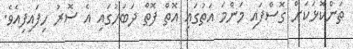
ތަންކޮޅަކަށް ގޮސްފައި މަންމަ އަތުގައި އޮތް ފޮތް ދަބަހުގައި އެ ސޮރު ހިފައިފިއެވެ.